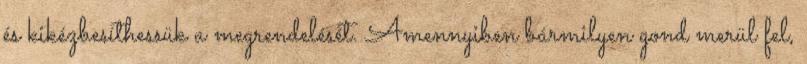
és kikézbesíthessük a megrendelését. Amennyiben bármilyen gond merül fel,